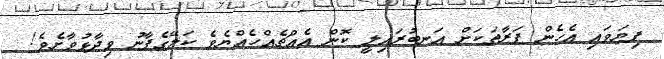
ފިޔަވައި އެހެން ފަރާތަކަށް އަނބުރައިލީ ކޮން އެއްޗެއްހެއްޔެވެ ކަލޭގެފާނު ވިދާޅުވާށެވެ!